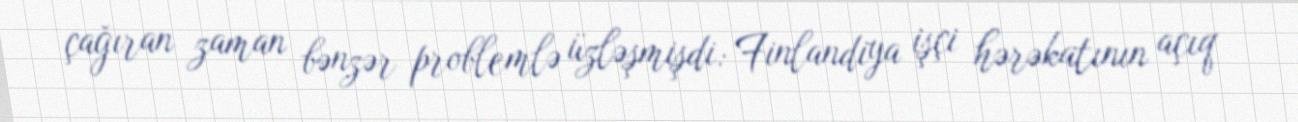
çağıran zaman bənzər problemlə üzləşmişdi: Finlandiya işçi hərəkatının açıq